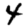
Digit: 4